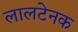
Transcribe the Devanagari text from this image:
लालटेनक